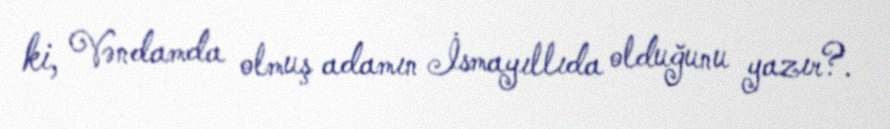
ki, Vəndamda olmuş adamın İsmayıllıda olduğunu yazır?.